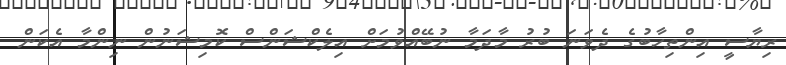
ރިޔާސީ އިންތިހާބުގެ ދެވަނަ ބުރު މާދަމާ ނުބޭއްވުމަށް އިލެކްޝަންސް ކޮމިޝަނުން ނިންމާ އެކަން